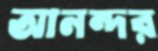
আনন্দর